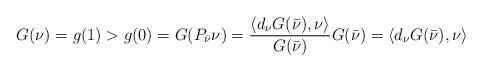
LaTeX: \begin{align*}G(\nu)=g(1)>g(0)=G(P_{\bar \nu} \nu)=\frac{\langle d_\nu G(\bar \nu),\nu\rangle}{G(\bar \nu)} G(\bar \nu)=\langle d_\nu G(\bar \nu),\nu\rangle\end{align*}